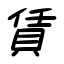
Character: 賃